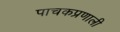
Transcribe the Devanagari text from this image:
पाचकप्रणाली